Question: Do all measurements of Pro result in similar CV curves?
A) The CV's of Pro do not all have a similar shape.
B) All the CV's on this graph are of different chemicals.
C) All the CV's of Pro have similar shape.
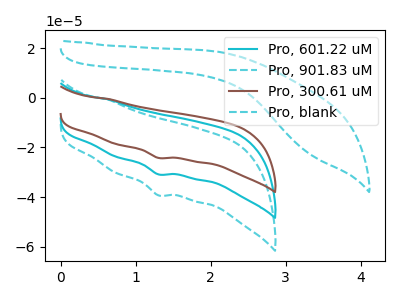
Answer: <think>The cyan curve "Pro, 601.22 uM" has a cathodic peak at: (1.30V, -30.85uA). The cyan dashed curve "Pro, 901.83 uM" has a cathodic peak at: (1.30V, -61.70uA). The brown curve "Pro, 300.61 uM" has a cathodic peak at: (1.30V, -24.20uA). The cyan dashed curve "Pro, blank" has no peaks.
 All the peaks in "Pro, 601.22 uM" have a peak in "Pro, 901.83 uM" at the same potential. Every peak in "Pro, 601.22 uM" is lower than every peak in "Pro, 901.83 uM". All the peaks in "Pro, 601.22 uM" have a peak in "Pro, 300.61 uM" at the same potential. Every peak in "Pro, 601.22 uM" is higher than every peak in "Pro, 300.61 uM". "Pro, 601.22 uM" and "Pro, blank" have a different number of peaks. All the peaks in "Pro, 901.83 uM" have a peak in "Pro, 300.61 uM" at the same potential. Every peak in "Pro, 901.83 uM" is higher than every peak in "Pro, 300.61 uM". "Pro, 901.83 uM" and "Pro, blank" have a different number of peaks. "Pro, 300.61 uM" and "Pro, blank" have a different number of peaks.</think>
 <answer>C) All the CV's of "Pro" have similar shape.</answer>
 <eval>C</eval>